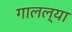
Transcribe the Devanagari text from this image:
गालल्या